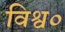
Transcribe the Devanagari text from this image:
विश्व०